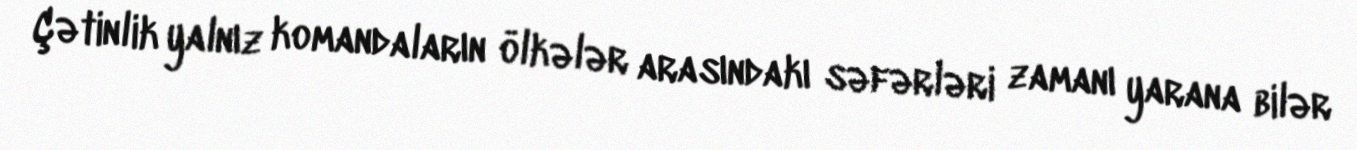
Çətinlik yalnız komandaların ölkələr arasındakı səfərləri zamanı yarana bilər